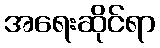
အရေးဆိုင်ရာ